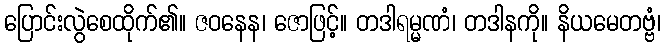
ပြောင်းလွဲစေထိုက်၏။ ဇဝနေန၊ ဇောဖြင့်။ တဒါရမ္မဏံ၊ တဒါနကို။ နိယမေတဗ္ဗံ၊